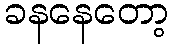
ခနနေတော့